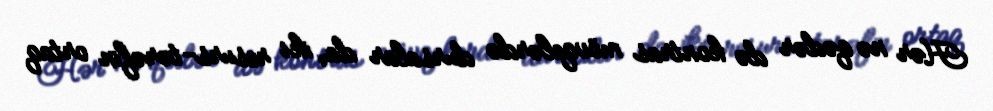
Hər nə qədər də kontras mövqelərdə dursalar da, iki resurs-tərəfin ortaq